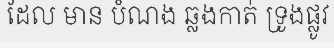
ដែល មាន បំណង ឆ្លងកាត់ ទ្រូងផ្លូវ